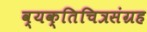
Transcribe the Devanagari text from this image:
व्यक्तिचित्रसंग्रह